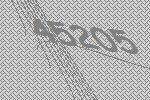
45205